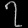
Digit: ၇